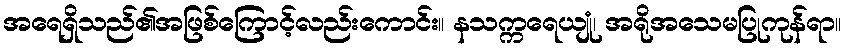
အရေရှိသည်၏အဖြစ်ကြောင့်လည်းကောင်း။ နသက္ကရေယျုံ၊ အရိုအသေမပြုကုန်ရာ။